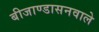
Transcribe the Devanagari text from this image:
बीजाण्डासनवाले